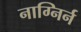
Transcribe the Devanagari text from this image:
नाग्निर्न